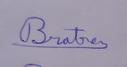
Signature authenticity: genuine